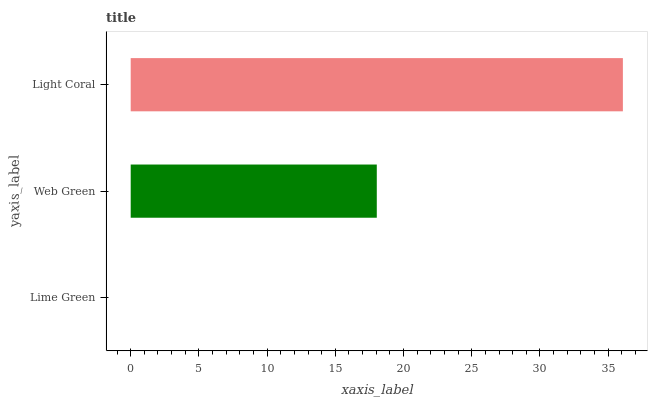
| yaxis_label | bars |
 | --- | --- |
 | Lime Green | 0 |
 | Web Green | 18 |
 | Light Coral | 36.1 |